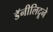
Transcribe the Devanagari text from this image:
डॅनीलिदूने